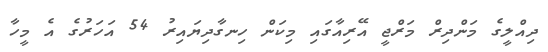
ދިއްލީގެ މަންދިރް މަރްޖީ އޭރިއާގައި މިކަން ހިނގާދިޔައިރު 54 އަހަރުގެ އެ މީހާ